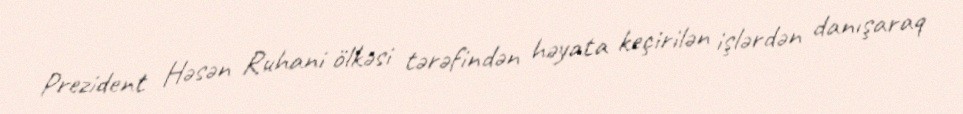
Prezident Həsən Ruhani ölkəsi tərəfindən həyata keçirilən işlərdən danışaraq